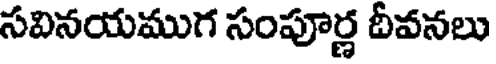
సవినయముగ సంపూర్ణ దీవనలు